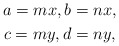
\begin{gather*} a=mx,b=nx,\\ c=my,d=ny,\end{gather*}